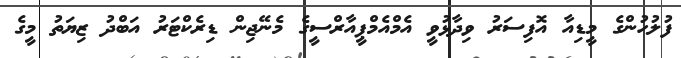
ފުލުހުންގެ މީޑިއާ އޮފިސަރު ވިދާޅުވީ އެމްއެމްޕީއާރްސީގެ މެނޭޖިން ޑިރެކްޓަރު އަބްދު ޒިޔަތު މީގެ